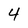
Character: 4